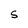
Character: S